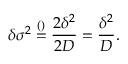
\delta \sigma ^ { 2 } \overset { \footnotesize ( ) } { = } \frac { 2 \delta ^ { 2 } } { 2 D } = \frac { \delta ^ { 2 } } { D } .